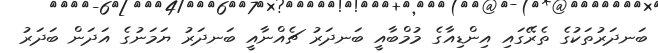
ބަނދަރުތަކުގެ ތެރޭގައި އިންޑިއާގެ މުމްބާއީ ބަނދަރު ޗެއްނާއީ ބަނދަރު ޔަމަނުގެ އަދަން ބަދަރު